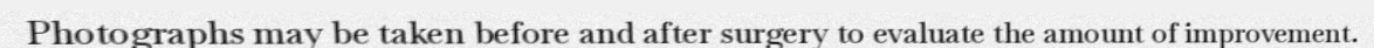
Photographs may be taken before and after surgery to evaluate the amount of improvement.